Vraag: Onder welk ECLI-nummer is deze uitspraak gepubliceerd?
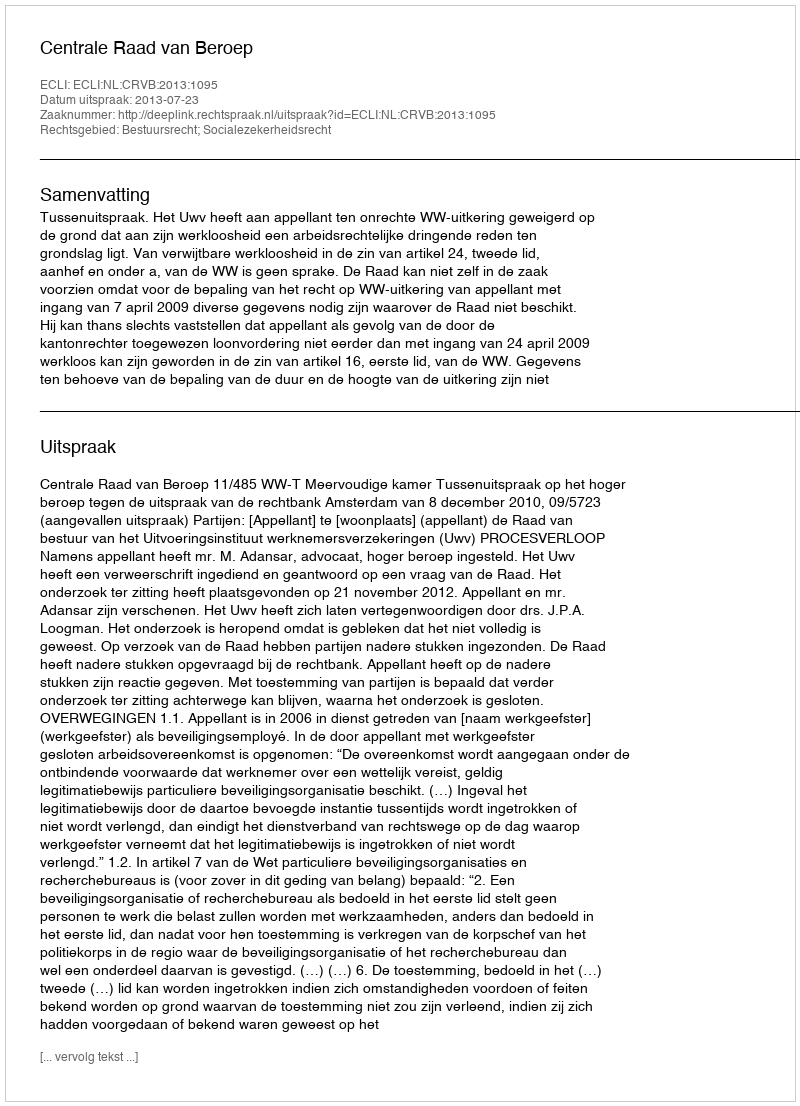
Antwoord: ECLI:NL:CRVB:2013:1095